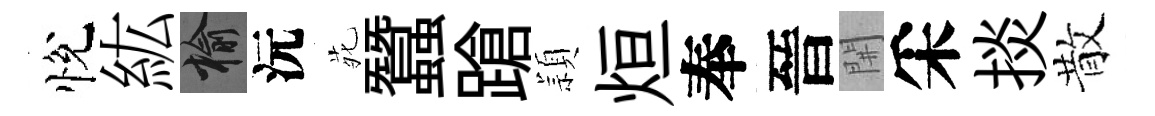
悅紘榆沅𫟍蠶蹌頴烜奉晉𨳩采掞散